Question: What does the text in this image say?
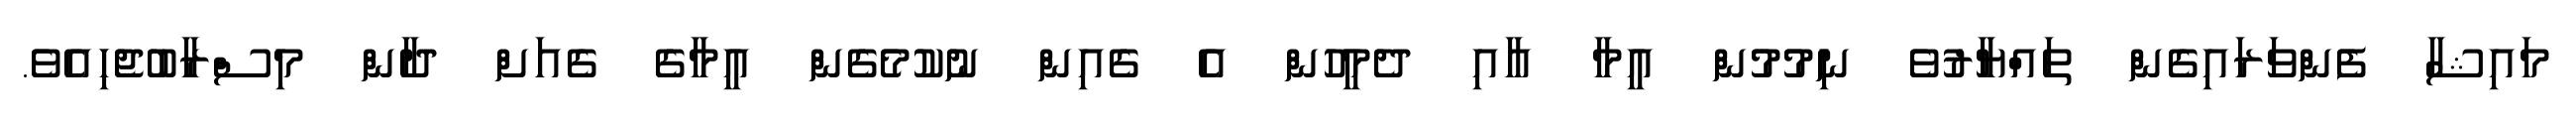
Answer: މައިޝާ ފެންވަރައިގެން ތައްޔާރުވެ ނިމުމުން އީމާ އާއި ދެމީހުން އެ ގެއިން ނުކުމެގެން އީމާގެ ގެއަށް ދާން މިސްރާބުޖެހިއެވެ.